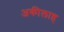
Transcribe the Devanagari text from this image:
अकीलाह